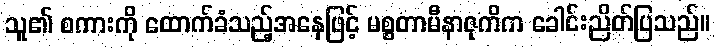
သူ၏ စကားကို ထောက်ခံသည့်အနေဖြင့် မစ္စတာမီနာဇုကိက ခေါင်းညိတ်ပြသည်။